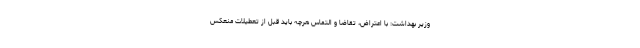
وزیر بهداشت: با اعتراض، تقاضا و التماس هرچه باید قبل از تعطیلات منعکس